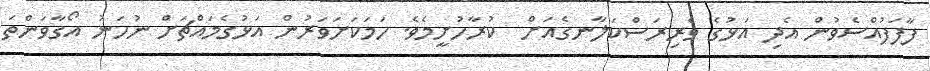
ފާފަފުއްސެވުން އެދި އަޅުގެ ވެރިރަސްކަލާނގެއަށް  ކުރާހުށީމެވެ. ހަމަކަށަވަރުން އަޅުގެމައްޗަށް ނުހަނު އޯގާވަންތަ